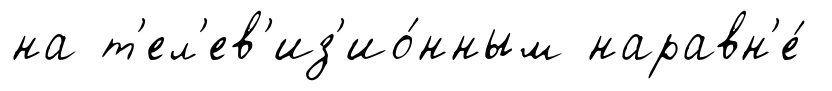
на т'ел'ев'из'ио́нным наравн'е́